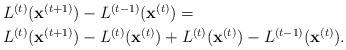
LaTeX: \begin{align*}\begin{array}{l}L^{(t)}(\mathbf{x}^{(t+1)})-L^{(t-1)}(\mathbf{x}^{(t)})=\smallskip\\L^{(t)}(\mathbf{x}^{(t+1)})-L^{(t)}(\mathbf{x}^{(t)})+L^{(t)}(\mathbf{x}^{(t)})-L^{(t-1)}(\mathbf{x}^{(t)}).\end{array}\end{align*}